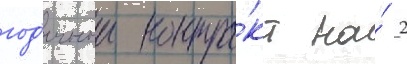
год'ичныи контра́кт на́ 2